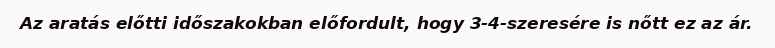
Az aratás előtti időszakokban előfordult, hogy 3-4-szeresére is nőtt ez az ár.